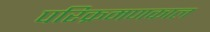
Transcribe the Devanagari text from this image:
परिक्रमणकाल